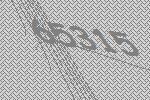
65315